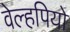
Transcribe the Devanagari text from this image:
वेल्हपियो